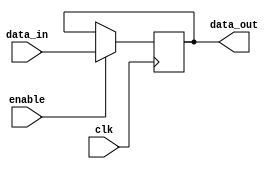
module latch (
  input wire clk,
  input wire enable,
  input wire data_in,
  output reg data_out
);

always @(posedge clk) begin
  if (enable) begin
    data_out <= data_in;
  end
end

endmodule